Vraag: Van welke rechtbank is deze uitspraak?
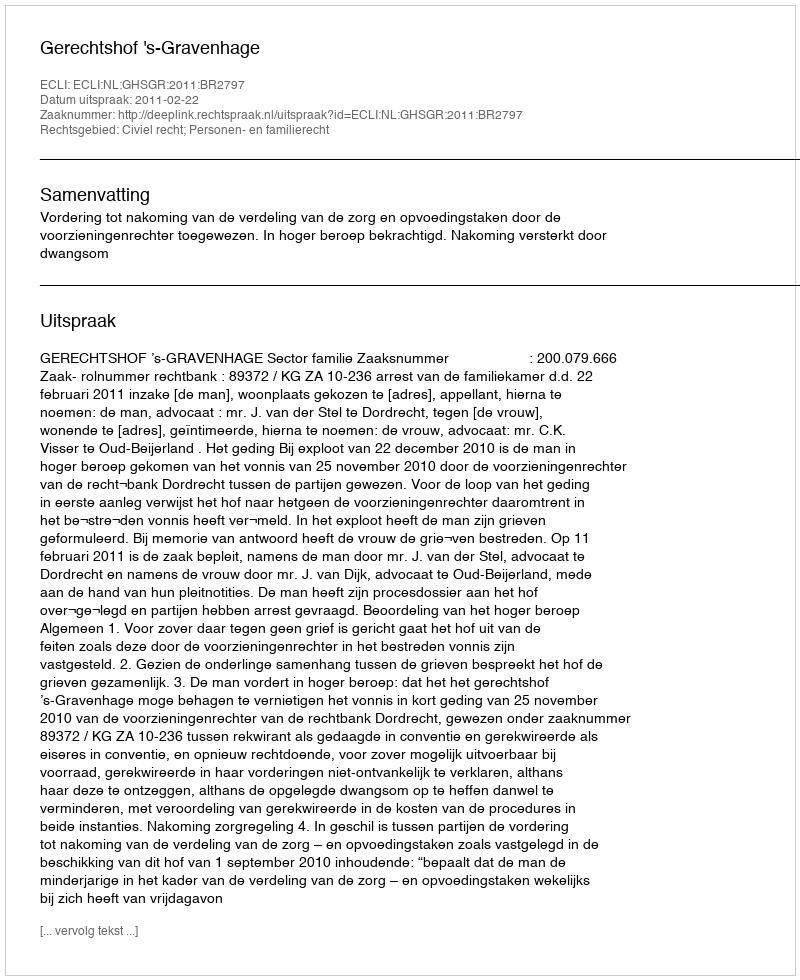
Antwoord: Gerechtshof 's-Gravenhage